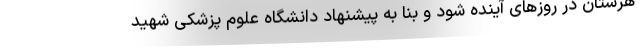
هرستان در روزهای آینده شود و بنا به پیشنهاد دانشگاه علوم پزشکی شهید